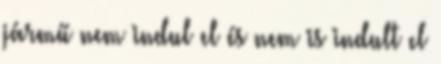
jármű nem indul el és nem is indult el